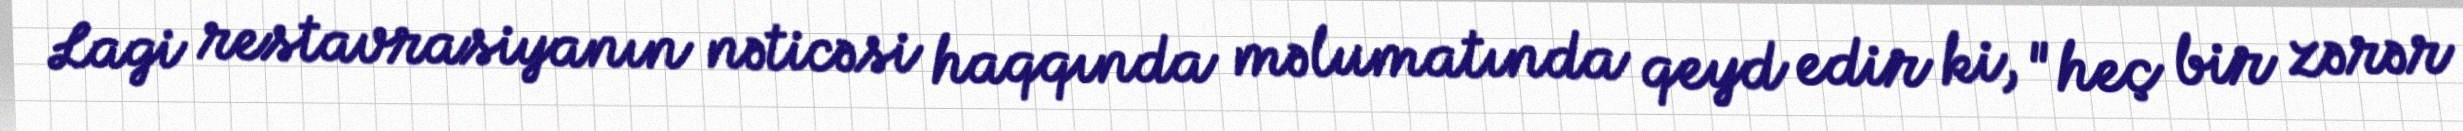
Lagi restavrasiyanın nəticəsi haqqında məlumatında qeyd edir ki, "heç bir zərər